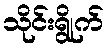
သိုင်းရွိုက်